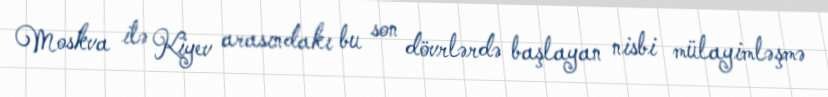
Moskva ilə Kiyev arasındakı bu son dövrlərdə başlayan nisbi mülayimləşmə